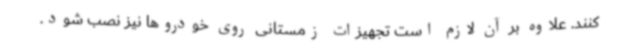
کنند. علاوه بر آن لازم است تجهیزات زمستانی روی خودروها نیز نصب شود.